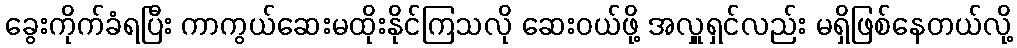
ခွေးကိုက်ခံရပြီး ကာကွယ်ဆေးမထိုးနိုင်ကြသလို ဆေးဝယ်ဖို့ အလှူရှင်လည်း မရှိဖြစ်နေတယ်လို့